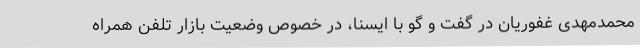
محمدمهدی غفوریان در گفت و گو با ایسنا، در خصوص وضعیت بازار تلفن همراه